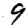
Digit: 9